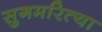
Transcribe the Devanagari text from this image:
सुगमरित्या